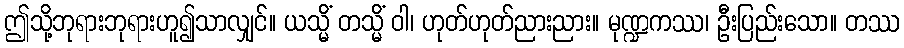
ဤသို့ဘုရားဘုရားဟူ၍သာလျှင်။ ယသ္မိံ တသ္မိံ ဝါ၊ ဟုတ်ဟုတ်ညားညား။ မုဏ္ဍကဿ၊ ဦးပြည်းသော။ တဿ